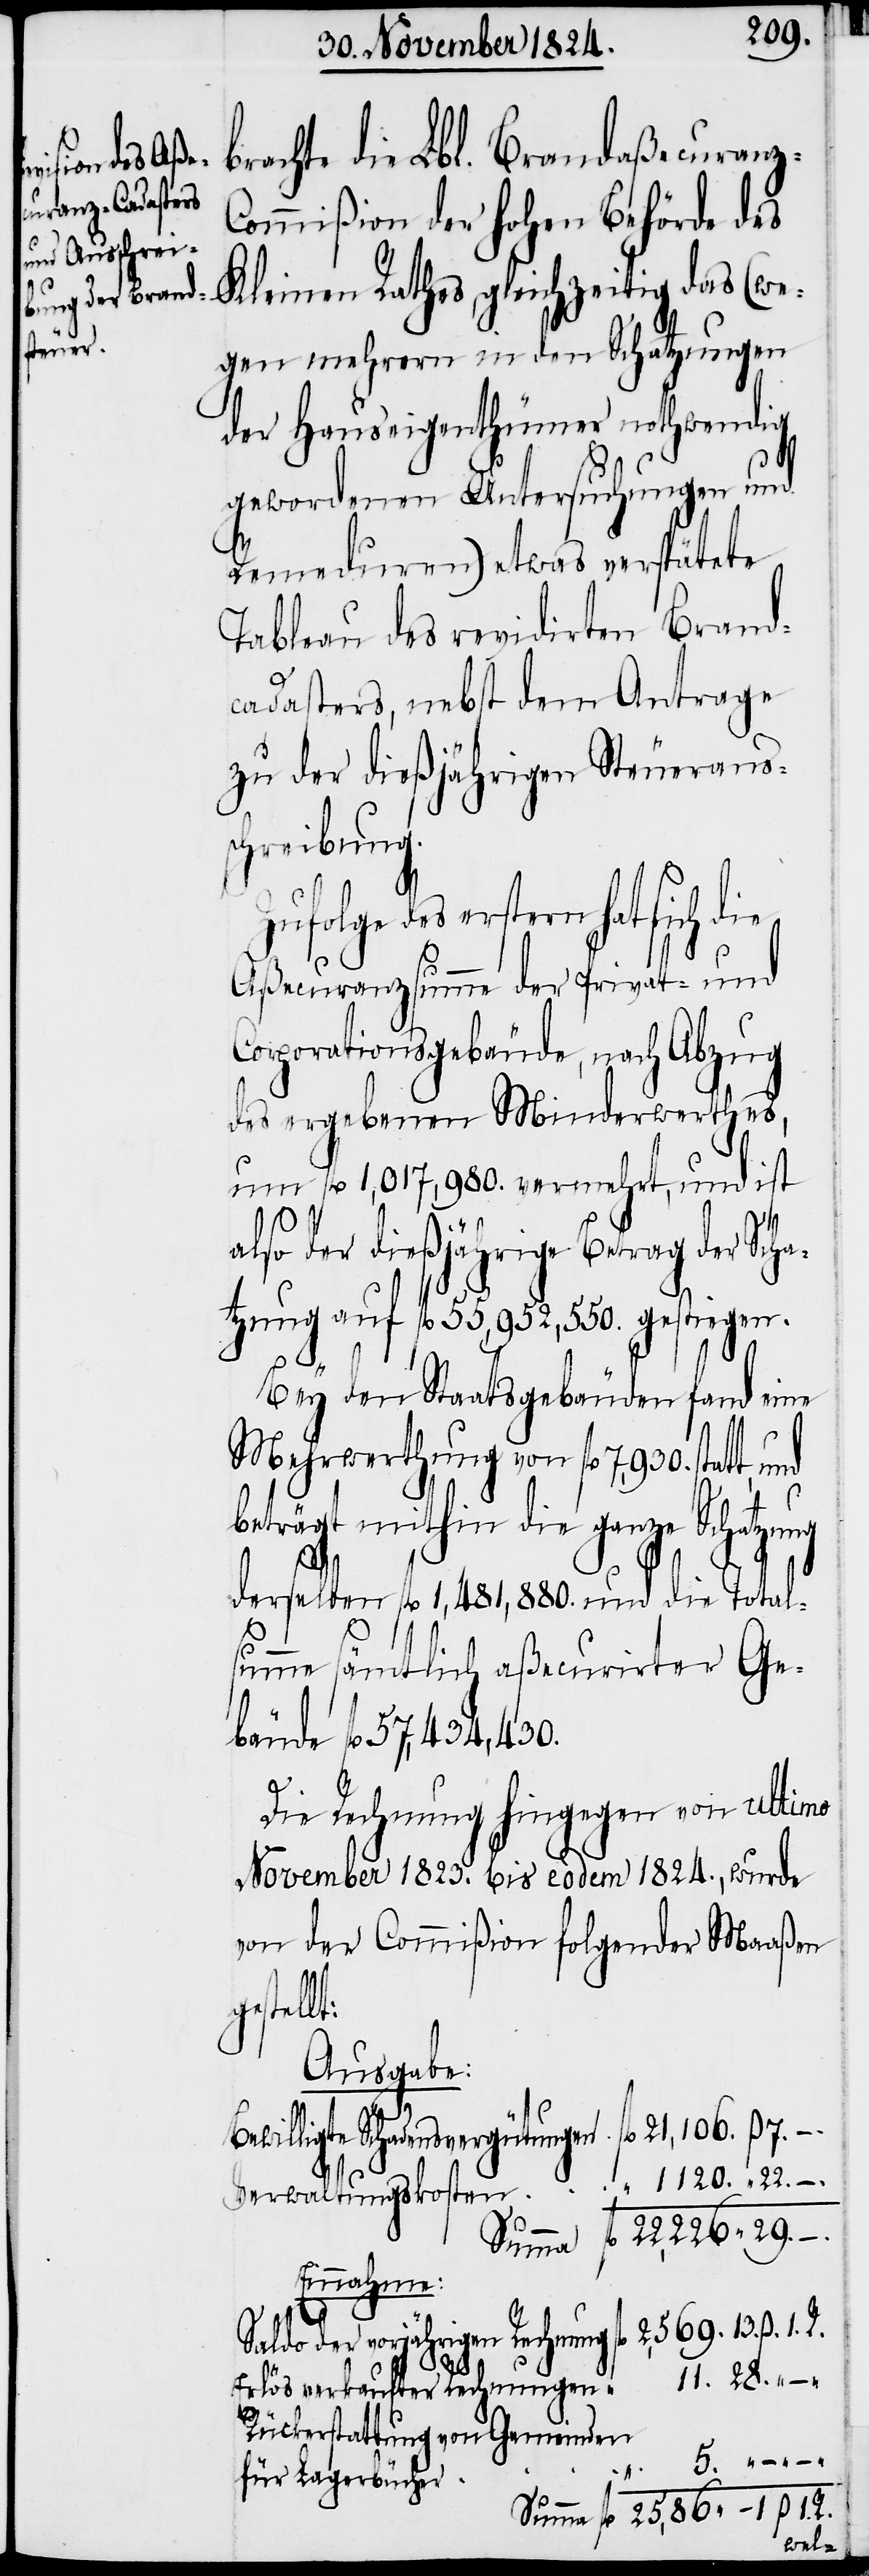
brachte die Lbl. Brandaßecuranz-C¬
ommißion der hohen Behörde des
Kleinen Rathes, gleichzeitig das (we¬
gen mehrern in den Schatzungen
der Hauseigenthümer nothwendig
gewordenen Untersuchungen und
Remeduren) etwas verspätete
Tableau des revidirten Brand¬
cadasters, nebst dem Antrage
zu der dießjährigen Steueraus¬
chreibung.
des erstern hat sich die
–
Aßecuranzsumme der Privat- und
Corporationsgebäude, nach Abzug
des ergebenen Minderwerthes,
um fl. 1,017,980. vermehrt, und ist
also der dießjährige Betrag der Scha¬
tzung auf fl. 55,952,550. gestiegen.
Bey den Staatsgebäuden fand eine
Mehrwerthung von fl. 7,930. statt,
beträgt mithin die ganze Schatzung
derselben fl. 1,481,880. und die Total¬
summe sämtlich aßecurirter Ge¬
bäude fl. 57,434,430.
Die Rechnung hingegen von ultimo
November 1823. bis eodem 1824., wurde
von der Commißion folgender Maaßen
estellt:
Ausgabe:
Bewilligte Schadensvergütungen 	fl. 	21,106.	ß.
Verwaltungskosten	“	 1,120. “ 22. –
Summa	fl.	22,226. “ 29.
Einnahme:
Saldo der vorjährigen Rechnung	fl.	 2,569.	13.
Erlös verkaufter Rechnungen	“	 11.	28. “ –
Rückerstattung von Gemeinden
–___
für Lagerbücher	“
Summa	fl.	 25,86.	1. ß. 1.